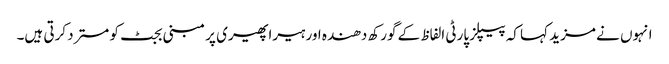
انہوں نے مزید کہا کہ پیپلز پارٹی الفاظ کے گورکھ دھندہ اور ہیراپھیری پر مبنی بجٹ کو مسترد کرتی ہیں۔